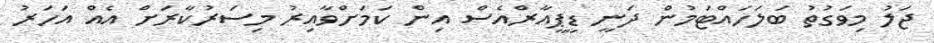
ޖަލު މިވަގުތު ބަލަހައްޓަމުން ދަނީ ޑީޕީއާރްއެސް އިން ކަމަށްވާއިރު މިސަރުކާރަށް އެއް އަހަރު